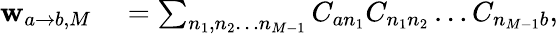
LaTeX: \begin{array}{rl}{\mathbf{w}_{a\rightarrow b,M}}&{{}=\sum_{n_{1},n_{2}\ldots n_{M-1}}{C_{an_{1}}C_{n_{1}n_{2}}\ldots C_{n_{M-1}b}},}\end{array}